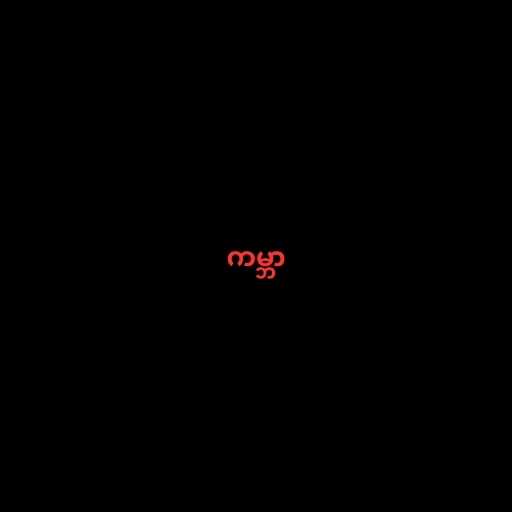
ကမ္ဘာ